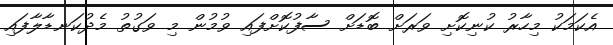
އެކަމަކު މިހާރު ކުނިކޮށި ވަރަށް ބޮޑަށް ސާފުކޮށްފައި ވުމުން މި ވަގުތު މެދުކަނޑާލާފައި